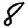
Digit: 8